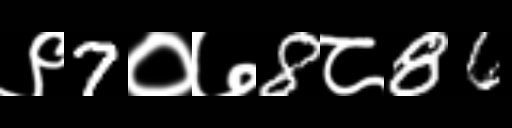
Text: ९7०७8८86